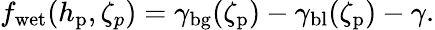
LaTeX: f_{\mathrm{wet}}(h_{\mathrm{p}},\zeta_{p})=\gamma_{\mathrm{bg}}(\zeta_{\mathrm{p}})-\gamma_{\mathrm{bl}}(\zeta_{\mathrm{p}})-\gamma.